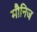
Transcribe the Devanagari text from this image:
मौनिज